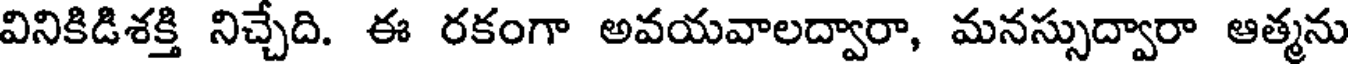
వినికిడిశక్తి నిచ్చేది. ఈ రకంగా అవయవాలద్వారా, మనస్సుద్వారా ఆత్మను